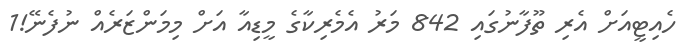
ހެއިޓީއަށް އެރި ތޫފާނުގައި 842 މަރު އެމެރިކާގެ މީޑިއާ އަށް މިމަންޒަރެއް ނުފެނޭ!1